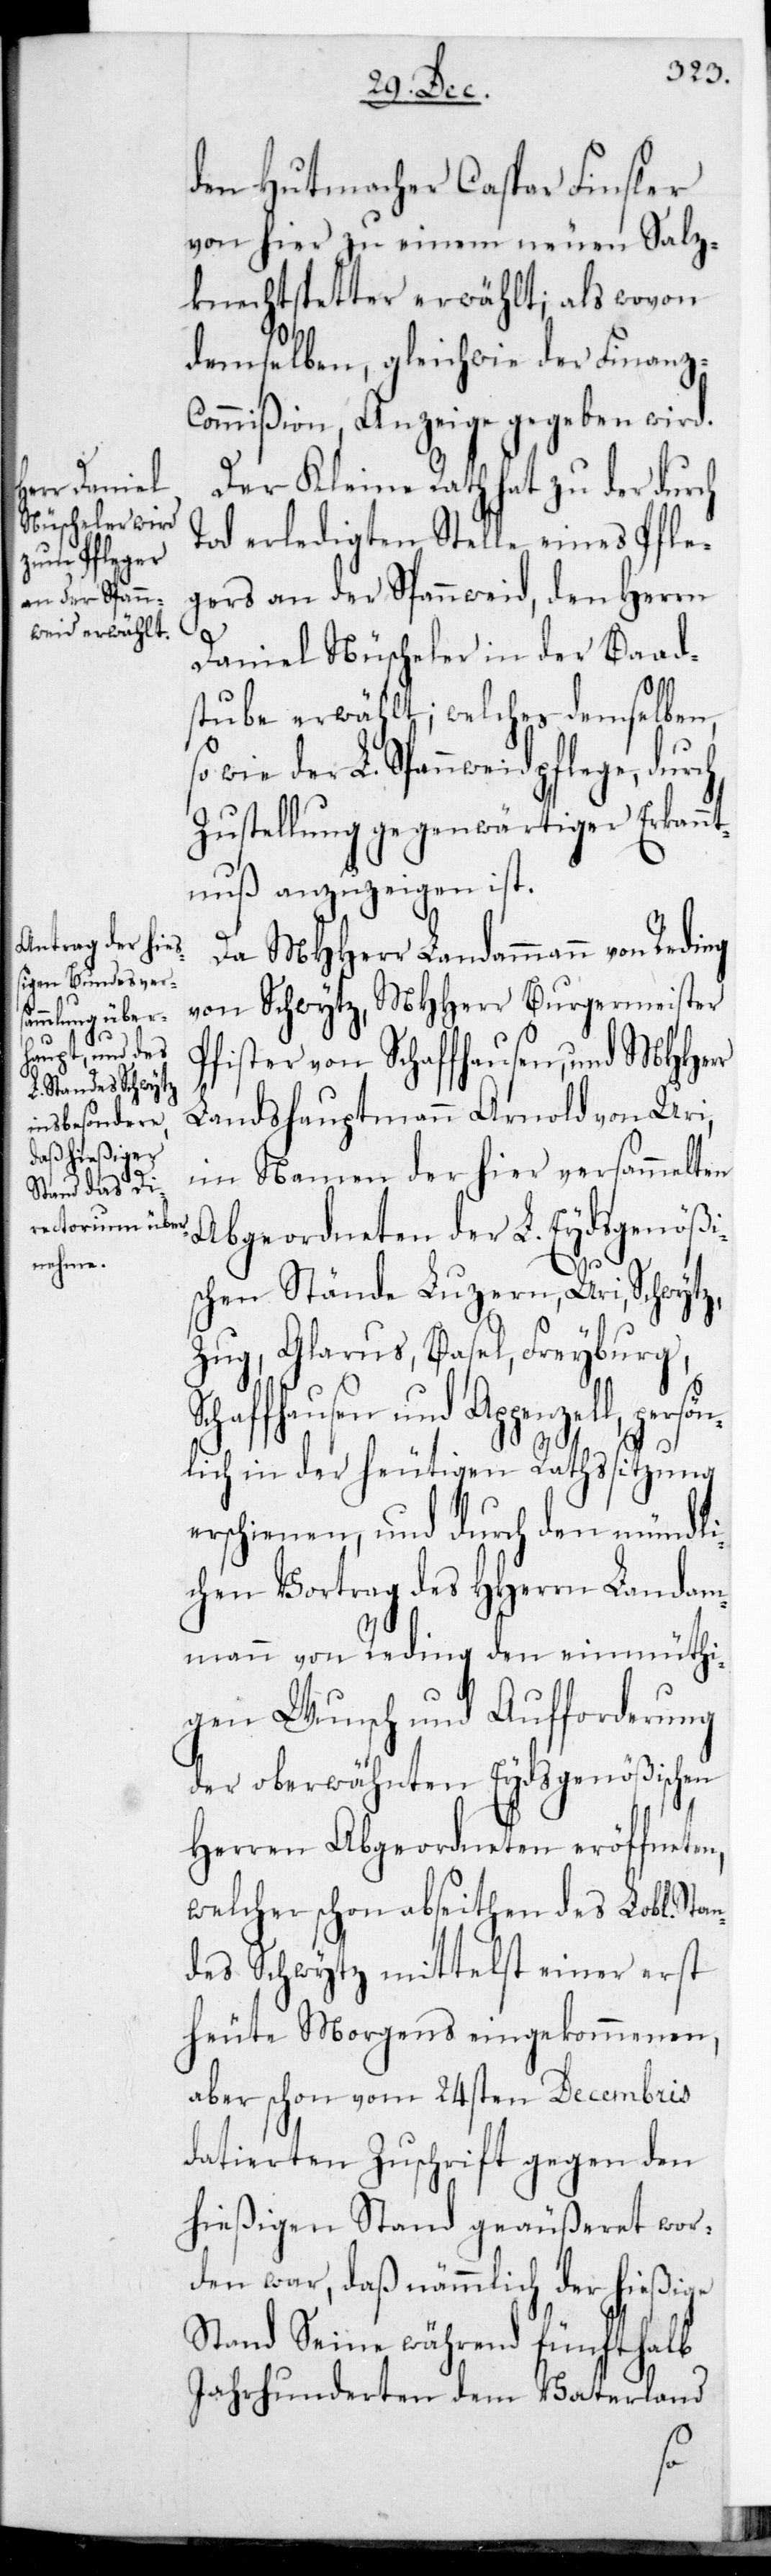
den Hutmacher Caspar Finsler
von hier, zu einem neuen Salz¬
knechtspetter erwählt, als wovon
demselben, gleichwie der Finanz-C¬
ommißion, Anzeige gegeben wird.
Der Kleine Rath hat zu der durch
Tod erledigten Stelle eines Pfle¬
gers an der Spannweid, den Herrn
Daniel Nüscheler in der Baad¬
stube erwählt; welches demselben
sowie der L. Spannweidpflege, durch
Zustellung gegenwärtiger Erkann¬
tnuß anzuzeigen ist.
Da MHHerr Landammann von Reding
von Schwytz, MHHerr Burgermeister
Pfister von Schaffhausen und MHHerr
Landshauptmann Arnold von Uri,
im Namen der hier versammelten
Abgeordneten der L. Eydsgenößi¬
schen Stände Luzern, Uri, Schwytz,
Zug, Glarus, Basel, Freyburg,
Schaffhausen und Appenzell, persön¬
lich in der heutigen Rathssitzung
erschienen, und durch den mündli¬
chen Vortrag des HHerrn Landam¬
mann von Reding den einmüthi¬
gen Wunsch und Aufforderung
der oberwähnten Eydsgenößischen
Herren Abgeordneten eröffneten,
welcher schon ab Seiten des Lobl. Sta¬
ndes Schwytz mittelst einer erst
heute Morgens eingekommenen,
aber schon vom 24sten Decembris
datierten Zuschrift gegen den
hießigen Stand geäußeret wor¬
den war, daß nämmlich der hießige
Stand Seine während fünfthalb
Jahrhunderten dem Vaterland